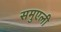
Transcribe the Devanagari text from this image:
समुएली